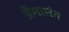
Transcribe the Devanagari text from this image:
प्रेमतरंग